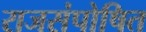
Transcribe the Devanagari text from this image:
राजसंपोषित